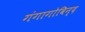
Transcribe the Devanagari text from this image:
गंगागोविन्द